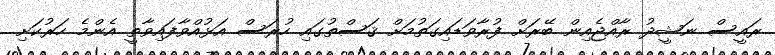
ރައީސް ނަޝީދު ރާއްޖެއިން ބޭރަށް ފުރާވަޑައިގަތުމަށް ޤަސްތުގައި ހުރަސް އަޅުއްވާފައިވާތީ އެންމެ ހަރުކަށި